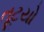
તૂટયો